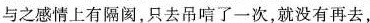
与之感情上有隔阂,只去吊唁了一次,就没有再去，